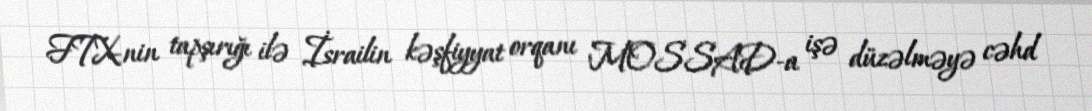
FTX-nin tapşırığı ilə İsrailin kəşfiyyat orqanı MOSSAD-a işə düzəlməyə cəhd